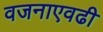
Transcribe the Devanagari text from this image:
वजनाएवढी